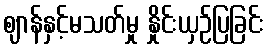
ဈာန်နှင့်မသတ်မှု နှိုင်းယှဉ်ပြခြင်း